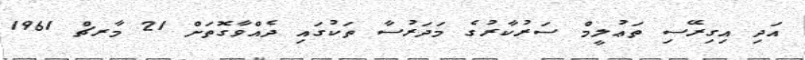
އަދި އިގިރޭސި ތަޢުލީމް ސަރުކާރުގެ މަދަރުސާ ތަކުގައި ދެއްވާގޮތަށް 21 މާރޗް 1961